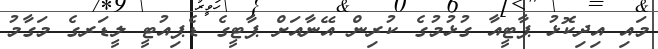
މައި އިދިކޮޅު ޕާޓީއާ ގުޅުމުގެ ކުރިން އޭނާއަށް ޕާޓީގެ ޑެޕިއުޓީ ލީޑަރގެ މަގާމު